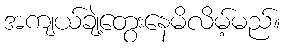
အကျယ်ချဲ့တွေးနေမိလိမ့်မည်။